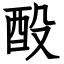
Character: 酘